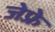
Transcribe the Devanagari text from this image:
जेफ़्रे